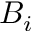
B _ { i }